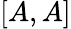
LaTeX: [A,A]